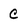
Character: C